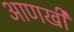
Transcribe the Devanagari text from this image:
अाणखी